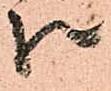
被